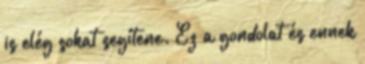
is elég sokat segítene. Ez a gondolat és ennek